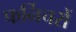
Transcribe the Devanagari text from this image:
फर्निचरों